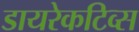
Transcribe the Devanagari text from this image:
डायरेकटिव्स